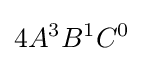
4A^{3}B^{1}C^{0}